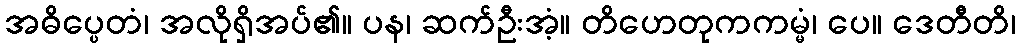
အဓိပ္ပေတံ၊ အလိုရှိအပ်၏။ ပန၊ ဆက်ဦးအံ့။ တိဟေတုကကမ္မံ၊ ပေ။ ဒေတီတိ၊